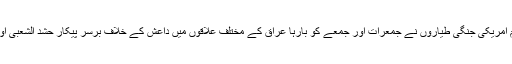
عراق کی عوامی رضاکار فورس حشد الشعبی نے اس حملے سے اپنی لا تعلقی کا اعلان کیا تھا تاہم امریکی جنگی طیاروں نے جمعرات اور جمعے کو بارہا عراق کے مختلف علاقوں میں داعش کے خلاف برسر پیکار حشد الشعبی اور عراقی فوج کے ٹھکانوں پر بمباری کی تھی جس میں درجنوں افراد شہید اور زخمی ہوئے تھے۔